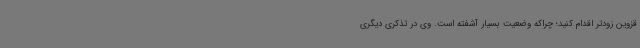
قزوین زودتر اقدام کنید؛ چراکه وضعیت بسیار آشفته است. وی در تذکری دیگری